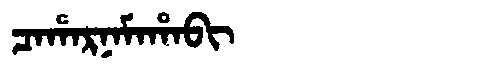
Manchu: ᠴᠠᡥᠠᡵᠨᠠᠮᠠᡥᠠᠪᡳ
Romanization: CAHARNAMAHABI